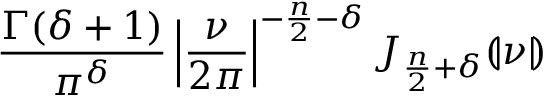
{ \frac { \Gamma ( \delta + 1 ) } { \pi ^ { \delta } } } \left| { \frac { \boldsymbol { \nu } } { 2 \pi } } \right| ^ { - { \frac { n } { 2 } } - \delta } J _ { { \frac { n } { 2 } } + \delta } ( \! | { \boldsymbol { \nu } } | \! )